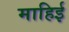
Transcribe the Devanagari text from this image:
माहिई